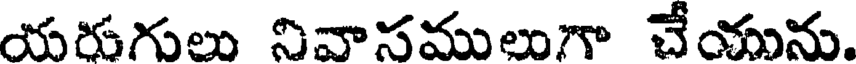
యరుగులు నివాసములుగా చేయును.